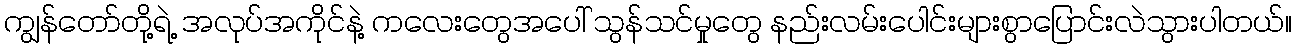
ကျွန်တော်တို့ရဲ့ အလုပ်အကိုင်နဲ့ ကလေးတွေအပေါ် သွန်သင်မှုတွေ နည်းလမ်းပေါင်းများစွာပြောင်းလဲသွားပါတယ်။